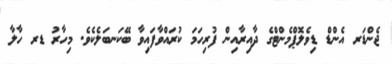
ޖެންޑަރ އެންޑް ޑިވެލޮޕްމެންޓްގެ ދާއިރާއިން ފުރިހަމަ ކުރައްވާފައިވާ ބޭކަނބަލެކެވެ. މިހާރު ޑރ ހާލާ